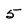
Character: 5